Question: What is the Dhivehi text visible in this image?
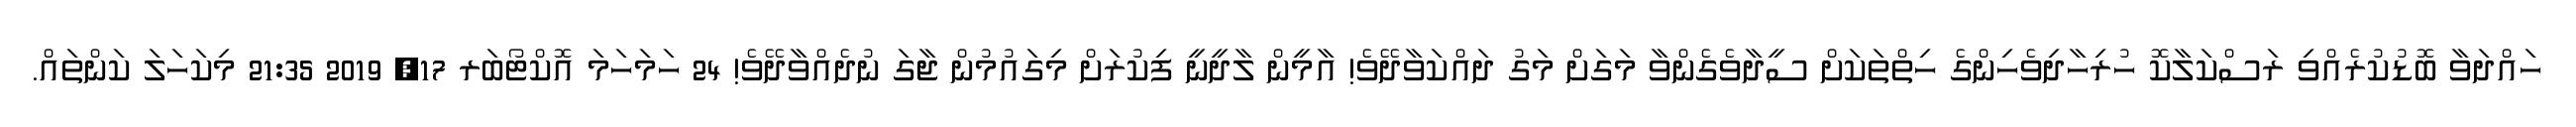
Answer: ހައްދަވާ ބޮޑުކުރެއްވި ރަސްކަލާކޮ ހުރިހާދިވެހިންގެ ހިތްތަކަށް ސީދާވެގެންވާ މަގަށް މަގު ދައްކަވާދޭވެ! އާމީން ލާދީނީ ފިކުރަށް މިގައުމުން ޖާގަ ނުދެއްވާދޭވެ! 24 ހަމަހަމަ އޮކްޓޯބަރ 17, 2019 21:35 މިކަހަލަ ކަންތައް.